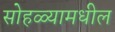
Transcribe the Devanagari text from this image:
सोहळ्यामधील